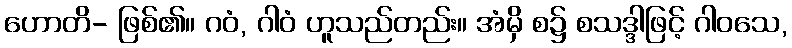
ဟောတိ- ဖြစ်၏။ ဂဝံ, ဂါဝံ ဟူသည်တည်း။ အံမှိ စ၌ စသဒ္ဒါဖြင့် ဂါဝသေ,